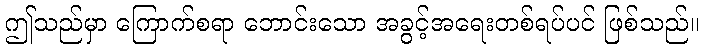
ဤသည်မှာ ကြောက်စရာ ဘောင်းသော အခွင့်အရေးတစ်ရပ်ပင် ဖြစ်သည်။